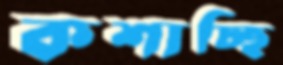
কশাচ্ছি